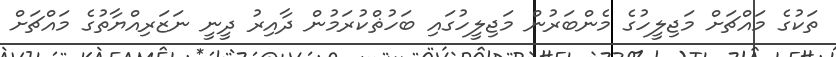
ތަކުގެ މައްޗަށް މަޖިލީހުގެ މެންބަރުން މަޖިލީހުގައި ބަހުޡްކުރަމުން ދާއިރު ދީނީ ނަޒަރިއްޔާތުގެ މައްޗަށް